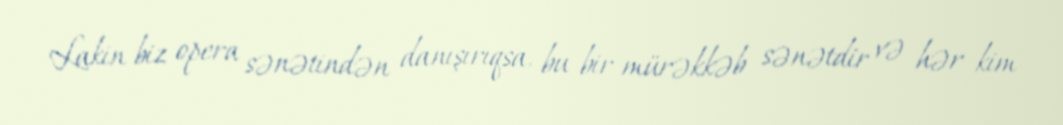
Lakin biz opera sənətindən danışırıqsa, bu bir mürəkkəb sənətdir və hər kim